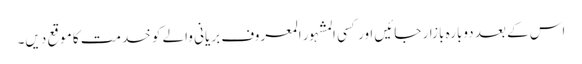
اس کے بعد دوبارہ بازار جائیں اور کسی المشہور المعروف بریانی والے کو خدمت کا موقع دیں۔